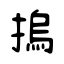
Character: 摀